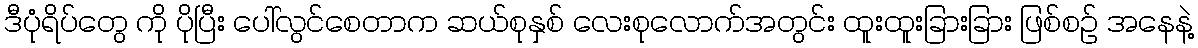
ဒီပုံရိပ်တွေ ကို ပိုပြီး ပေါ်လွင်စေတာက ဆယ်စုနှစ် လေးစုလောက်အတွင်း ထူးထူးခြားခြား ဖြစ်စဉ် အနေနဲ့